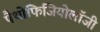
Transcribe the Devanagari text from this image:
पैथोफिजियोलॉजी